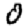
Digit: 0